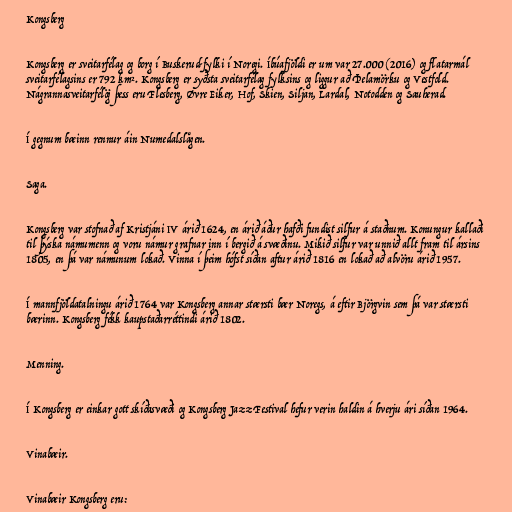
Kongsberg

Kongsberg er sveitarfélag og borg í Buskerud-fylki í Noregi. Íbúafjöldi er um var 27.000 (2016) og flatarmál
sveitarfélagsins er 792 km². Kongsberg er syðsta sveitarfélag fylksins og liggur að Þelamörku og Vestfold.
Nágrannasveitarfélög þess eru Flesberg, Øvre Eiker, Hof, Skien, Siljan, Lardal, Notodden og Sauherad.

Í gegnum bæinn rennur áin Numedalslågen.

Saga.

Kongsberg var stofnað af Kristjáni IV árið 1624, en árið áður hafði fundist silfur á staðnum. Konungur kallaði
til þýska námumenn og voru námur grafnar inn í bergið á svæðinu. Mikið silfur var unnið allt fram til ársins
1805, en þá var námunum lokað. Vinna í þeim hófst síðan aftur árið 1816 en lokað að alvöru árið 1957.

Í mannfjöldatalningu árið 1764 var Kongsberg annar stærsti bær Noregs, á eftir Björgvin sem þá var stærsti
bærinn. Kongsberg fékk kaupstaðarréttindi árið 1802.

Menning.

Í Kongsberg er einkar gott skíðasvæði og Kongsberg Jazz Festival hefur verin haldin á hverju ári síðan 1964.

Vinabæir.

Vinabæir Kongsberg eru: